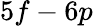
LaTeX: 5f-6p